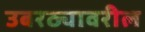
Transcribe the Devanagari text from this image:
उबरठ्यावरील